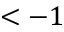
< - 1